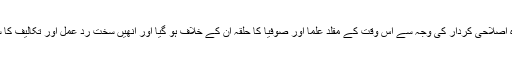
ان کے مذکورہ اصلاحی کردار کی وجہ سے اس وقت کے مقلد علما اور صوفیا کا حلقہ ان کے خلاف ہو گیا اور انھیں سخت رد عمل اور تکالیف کا سامنا کرنا پڑا۔